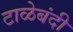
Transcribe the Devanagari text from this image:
टाळेबंदी